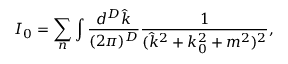
I _ { 0 } = \sum _ { n } \int \frac { d ^ { D } \hat { k } } { ( 2 \pi ) ^ { D } } \frac { 1 } { ( \hat { k } ^ { 2 } + k _ { 0 } ^ { 2 } + m ^ { 2 } ) ^ { 2 } } ,